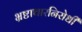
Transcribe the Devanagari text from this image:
भ्रष्टाचारनिरोधी